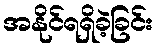
အနိုင်ရရှိခဲ့ခြင်း